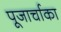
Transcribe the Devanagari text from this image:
पूजार्चाका